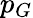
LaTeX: p_{G}